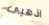
اذهبى